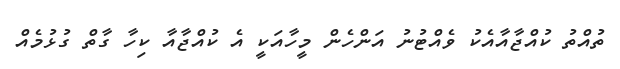
ތުއްތު ކުއްޖާއާއެކު ވެއްޓުނު އަންހެން މީހާއަކީ އެ ކުއްޖާއާ ކިހާ ގާތް ގުޅުމެއް